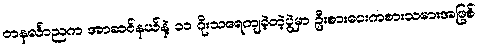
တနင်္လာညက အာဆင်နယ်နဲ့ ၁၁ ဂိုးသရေကျခဲ့တဲ့ပွဲမှာ ဦးစားပေးကစားသမားအဖြစ်